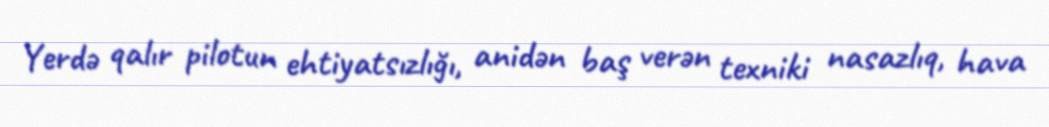
Yerdə qalır pilotun ehtiyatsızlığı, anidən baş verən texniki nasazlıq, hava